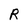
Character: R